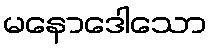
မနောဒေါသော